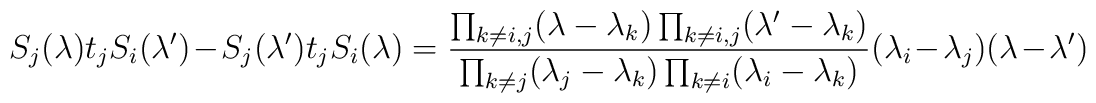
S_j(\lambda) t_j  S_i(\lambda') - S_j(\lambda') t_j  S_i(\lambda) = { \prod_{k\neq i,j}(\lambda - \lambda_k) \prod_{k\neq i,j}(\lambda' - \lambda_k)\over \prod_{k\neq j} (\lambda_j - \lambda_k) \prod_{k\neq i} (\lambda_i - \lambda_k) }(\lambda_i - \lambda_j) (\lambda - \lambda')